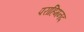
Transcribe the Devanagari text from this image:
पराहिमनद